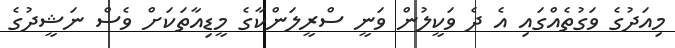
މިއަދުގެ ވަގުތެއްގައި އެ ދެ ވަކީލުން ވަނީ ސްރީލަންކާގެ މީޑިއާތަކަށް ވެސް ނަޝީދުގެ